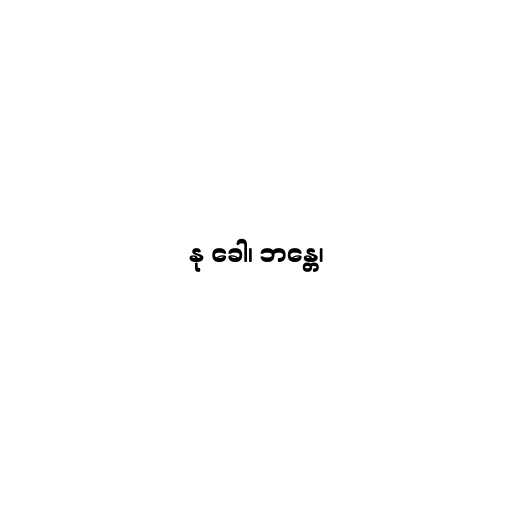
နု ခေါ၊ ဘန္တေ၊